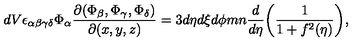
d V \epsilon _ { \alpha \beta \gamma \delta } \Phi _ { \alpha } \frac { \partial { ( \Phi _ { \beta } , \Phi _ { \gamma } , \Phi _ { \delta } ) } } { \partial ( x , y , z ) } = 3 d \eta d \xi d \phi m n \frac { d } { d \eta } \biggl ( \frac { 1 } { 1 + f ^ { 2 } ( \eta ) } \biggr ) ,